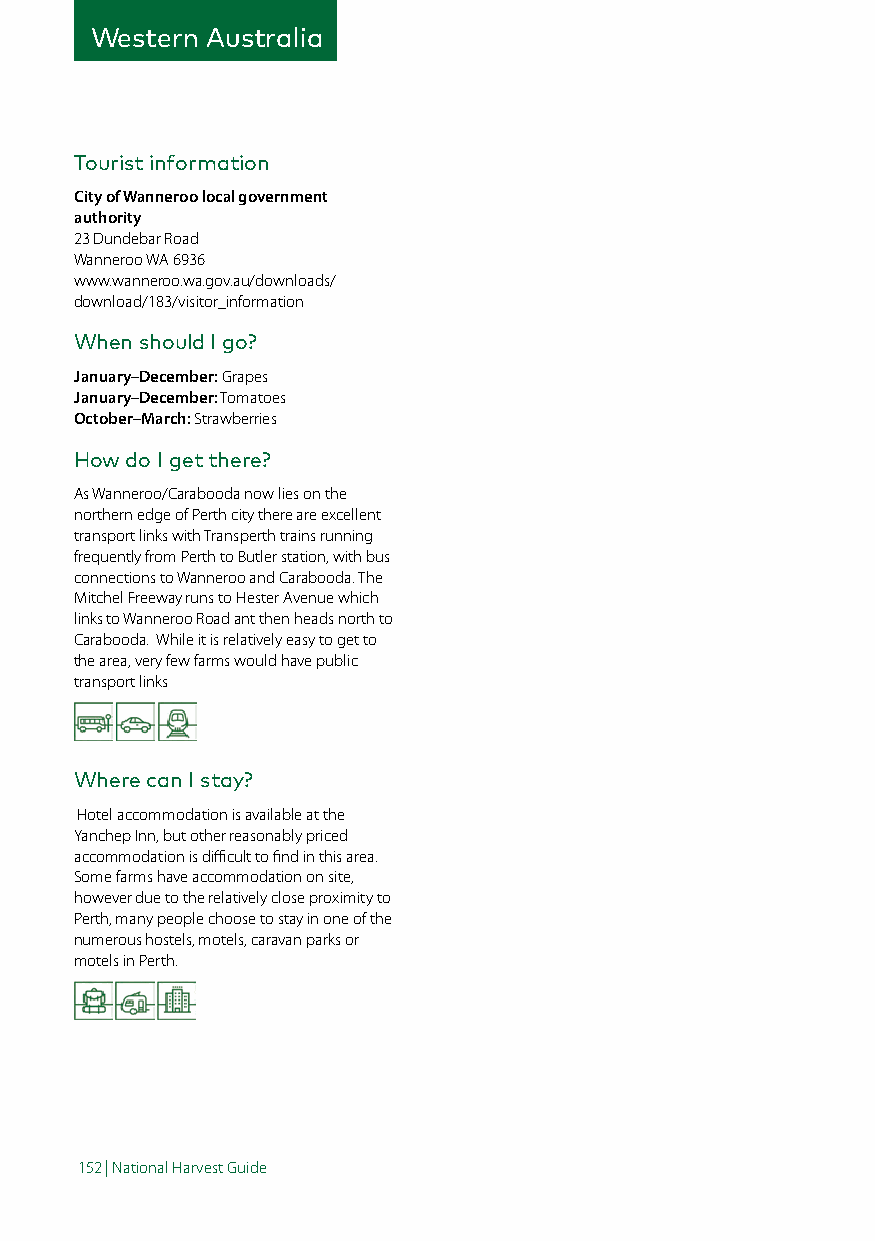
Western Australia
 Tourist information
 City of Wanneroo local government
 authority
 23 Dundebar Road
 Wanneroo WA 6936
 www.wanneroo.wa.gov.au/downloads/
 download/183/visitor_information
 When should I go?
 January–December: Grapes
 January–December: Tomatoes
 October–March: Strawberries
 How do I get there?
 As Wanneroo/Carabooda now lies on the
 northern edge of Perth city there are excellent
 transport links with Transperth trains running
 frequently from Perth to Butler station, with bus
 connections to Wanneroo and Carabooda. The
 Mitchel Freeway runs to Hester Avenue which
 links to Wanneroo Road ant then heads north to
 Carabooda. While it is relatively easy to get to
 the area, very few farms would have public
 transport links
 Where can I stay?
 Hotel accommodation is available at the
 Yanchep Inn, but other reasonably priced
 accommodation is difficult to find in this area.
 Some farms have accommodation on site,
 however due to the relatively close proximity to
 Perth, many people choose to stay in one of the
 numerous hostels, motels, caravan parks or
 motels in Perth.
 152 | National Harvest Guide